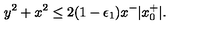
y ^ { 2 } + x ^ { 2 } \le 2 ( 1 - \epsilon _ { 1 } ) x ^ { - } | x _ { 0 } ^ { + } | .